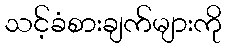
သင့်ခံစားချက်များကို